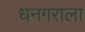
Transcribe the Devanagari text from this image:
धनगराला